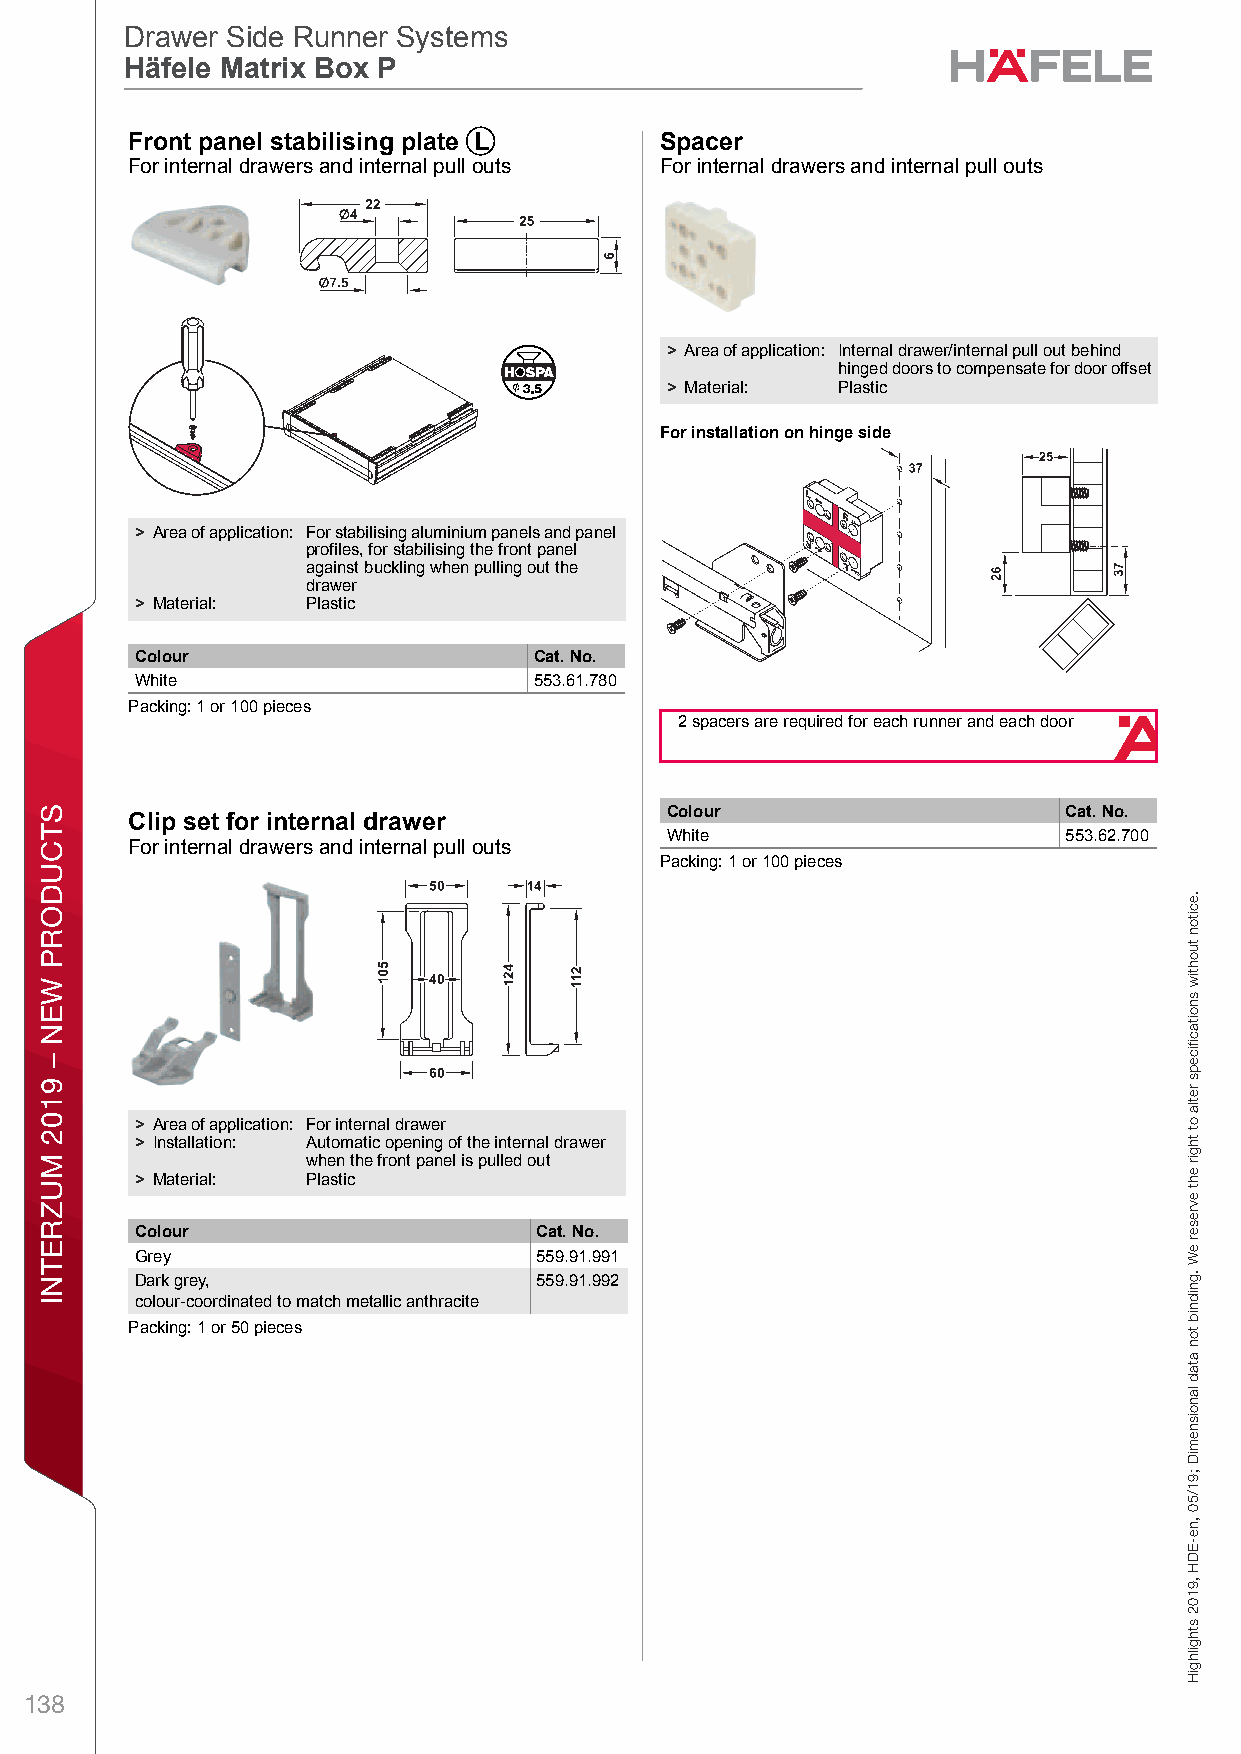
ff19_int_en_08_062.fm Page 62 Thursday, May 2, 2019 11:45 AM
 Drawer Side Runner Systems
 Drawer Side Runner Systems
 Häfele Matrix Box P
 Häfele Matrix Box P
 DFrawer arnd Poull Out fonr Door Ftront FixpingDrawaer Siden Runner eSystemlsHä feles Matrix tBoxa P – / Pblanning iandl CoinstrsuctionDiimennsional dgata not bindping. Wel resaerve thet righet to alte r spLecifications with out notice. DSrawer apnd Pull Oaut for cDoor Freont FixinrgDra wer Side Runner SystemsHäfele Matrix Box P – / Planning and ConstructionDimensional data not binding. We reserve the right to alter specifications without notice.
 For internal drawers and internal pull outs For internal drawers and internal pull outs
 > Area of application: Internal drawer/internal pull out behind
 hinged doors to compensate for door offset
 > Material: Plastic
 For installation on hinge side
 > Area of application: For stabilising aluminium panels and panel
 profiles, for stabilising the front panel
 against buckling when pulling out the
 drawer
 > Material: Plastic
 Colour                    Cat. No.
 White                     553.61.780
 Packing: 1 or 100 pieces
 2 spacers are required for each runner and each door
 Colour                    Cat. No.
 Clip set for internal drawer
 White                     553.62.700
 For internal drawers and internal pull outs
 Packing: 1 or 100 pieces
 8
 > Area of application: For internal drawer
 > Installation: Automatic opening of the internal drawer
 when the front panel is pulled out
 > Material: Plastic
 Colour                    Cat. No.
 Grey                      559.91.991
 Dark grey,                559.91.992
 colour-coordinated to match metallic anthracite
 Packing: 1 or 50 pieces
 138
 STCUDORP
 WEN
 –
 9102
 MUZRETNI
 gnixiF
 tnorF
 rooD
 rof
 tuO
 lluP
 dna
 rewarD
 .eciton
 tuohtiw
 snoitacfiiceps
 retla
 ot
 thgir
 eht
 evreser
 eW
 .gnidnib
 ton
 atad
 lanoisnemiD
 ;91/50
 ,ne-EDH
 ,9102
 sthgilhgiH